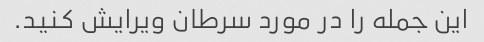
این جمله را در مورد سرطان ویرایش کنید.